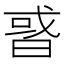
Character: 𢧋